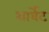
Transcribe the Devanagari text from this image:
शार्वेट